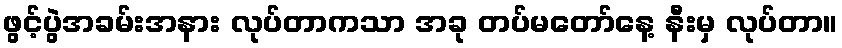
ဖွင့်ပွဲအခမ်းအနား လုပ်တာကသာ အခု တပ်မတော်နေ့ နီးမှ လုပ်တာ။